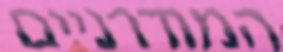
המודרניים